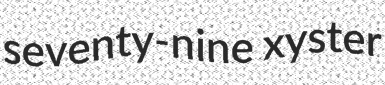
seventy-nine xyster